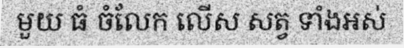
មួយ ធំ ចំលែក លើស សត្វ ទាំងអស់